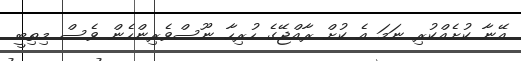
އޭނާ ކުށެއްކުރި ނަމަ އެ ކުށް ރާއްޖޭގެ ހުރިހާ ނޫސްވެރިންހެން ވެސް މިތިބީ